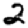
Digit: 2